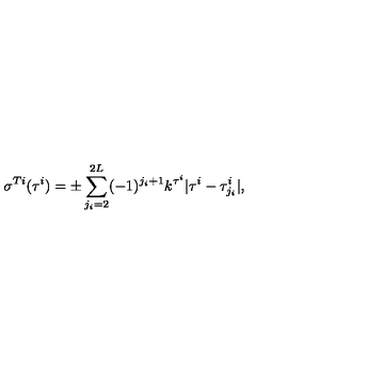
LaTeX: \sigma ^ { T i } ( \tau ^ { i } ) = \pm \sum _ { j _ { i } = 2 } ^ { 2 L } ( - 1 ) ^ { j _ { i } + 1 } k ^ { \tau ^ { i } } | \tau ^ { i } - \tau _ { j _ { i } } ^ { i } | , \,